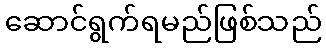
ဆောင်ရွက်ရမည်ဖြစ်သည်